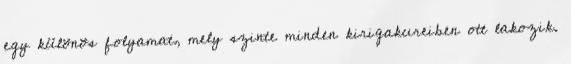
egy különös folyamat, mely szinte minden kirigakureiben ott lakozik.